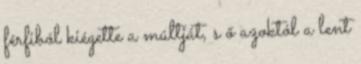
férfiból kiégette a múltját, s ő azoktól a lent